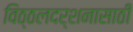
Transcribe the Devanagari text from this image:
विठ्ठलदर्शनासाठी